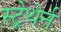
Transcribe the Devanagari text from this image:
स्ट्रेथेर्न